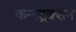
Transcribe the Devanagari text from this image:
कन्स्ट्रक्‍शन